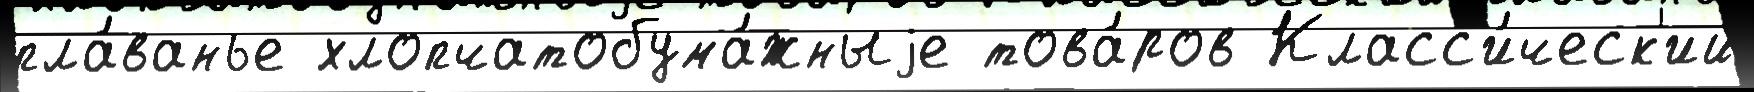
пла́ванье хлопчатобума́жныjе това́ров Класс'и́ческ'ий